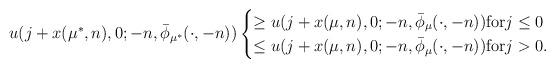
LaTeX: \begin{align*}u(j+x(\mu^*,n),0;-n,\bar\phi_{\mu^*}(\cdot,-n))\begin{cases} \ge u(j+x(\mu,n),0;-n,\bar\phi_\mu(\cdot,-n)){\rm for}j\le 0\cr\le u(j+x(\mu,n),0;-n,\bar\phi_\mu(\cdot,-n)){\rm for}j> 0.\end{cases}\end{align*}